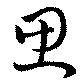
思